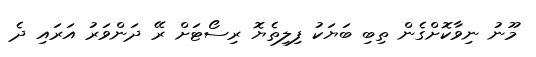
މޫނު ނިވާކޮށްގެން ތިބި ބަޔަކު ފިލިތެޔޮ ރިސޯޓަށް ރޭ ދަންވަރު އަރައި ދެ